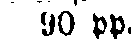
90 pp.